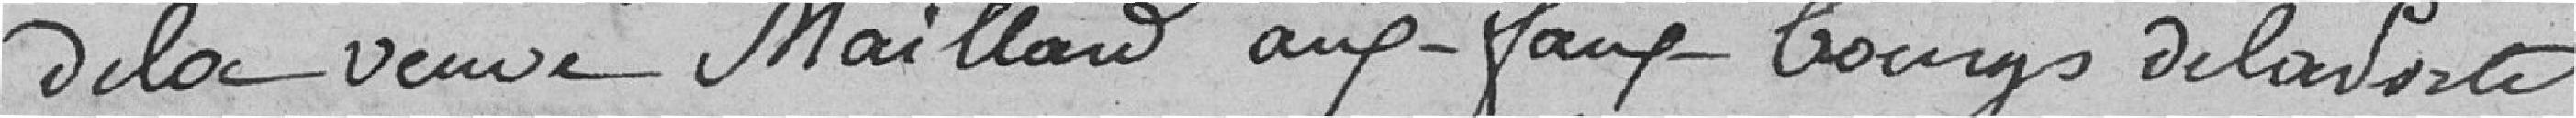
de la veuve Mailland aux Faubourgs de la Porte